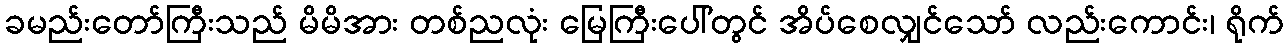
ခမည်းတော်ကြီးသည် မိမိအား တစ်ညလုံး မြေကြီးပေါ်တွင် အိပ်စေလျှင်သော် လည်းကောင်း၊ ရိုက်